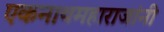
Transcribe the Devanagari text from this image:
एकनाथमहाराजांनी